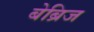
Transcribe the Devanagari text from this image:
बेब्रिज